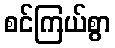
စင်ကြယ်စွာ